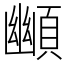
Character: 䫜